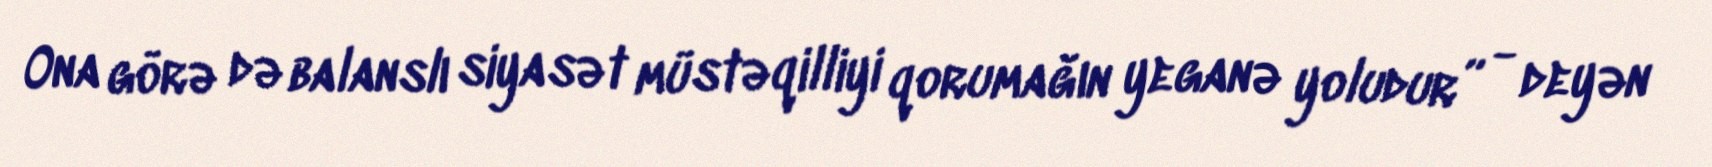
Ona görə də balanslı siyasət müstəqilliyi qorumağın yeganə yoludur” - deyən